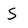
Character: S